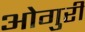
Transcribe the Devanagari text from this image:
ओगुरी